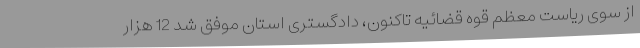
از سوی ریاست معظم قوه قضائیه تاکنون، دادگستری استان موفق شد 12 هزار